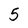
Character: 5